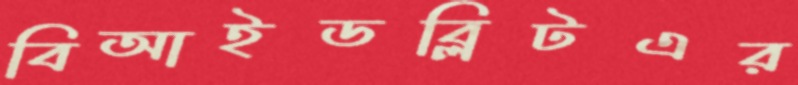
বিআইডব্লিটএর